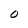
Character: O